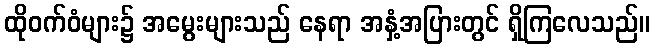
ထိုဝက်ဝံများ၌ အမွေးများသည် နေရာ အနှံ့အပြားတွင် ရှိကြလေသည်။